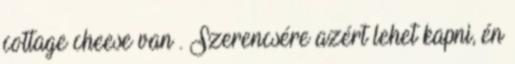
cottage cheese van . Szerencsére azért lehet kapni, én